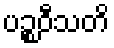
ပဉ္စဝီသတိ